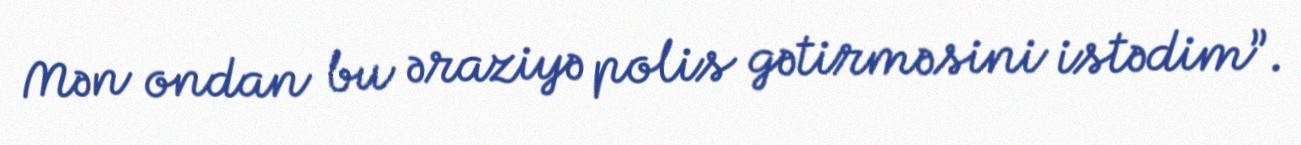
Mən ondan bu əraziyə polis gətirməsini istədim”.